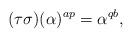
LaTeX: \begin{align*}(\tau\sigma)(\alpha)^{ap}=\alpha^{qb},\end{align*}